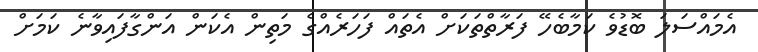
އެމައްސަލަ ބޮޑުވެ ކަމާބެހޭ ފަރާތްތަކަށް އެތައް ފަހަރެއްގެ މަތިން އެކަން އަންގާފައިވާނެ ކަމަށް